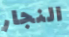
النجار